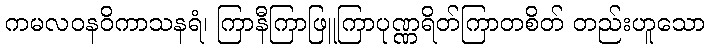
ကမလဝနဝိကာသနရံ၊ ကြာနီကြာဖြူကြာပုဏ္ဏရိတ်ကြာတစိတ် တည်းဟူသော